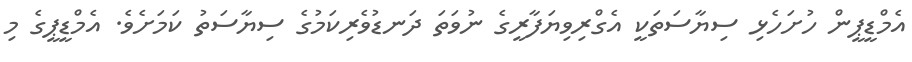
އެމްޑީޕީން ހުށަހެޅި ސިޔާސަތަކީ އެގްރިވިޔަފާރީގެ ނުވަތަ ދަނޑުވެރިކަމުގެ ސިޔާސަތު ކަމަށެވެ. އެމްޑީޕީގެ މި